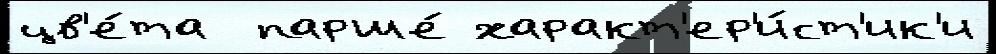
цв'е́та  парше́ характ'ер'и́ст'ик'и